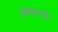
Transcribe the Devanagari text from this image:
समटते